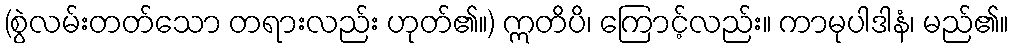
(စွဲလမ်းတတ်သော တရားလည်း ဟုတ်၏။) ဣတိပိ၊ ကြောင့်လည်း။ ကာမုပါဒါနံ၊ မည်၏။